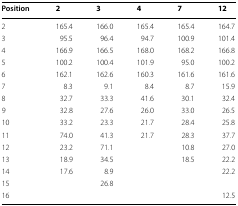
| Position | 2 | 3 | 4 | 7 | 12 |
 | --- | --- | --- | --- | --- | --- |
 | 2 | 165.4 | 166.0 | 165.4 | 165.4 | 164.7 |
 | 3 | 95.5 | 96.4 | 94.7 | 100.9 | 101.4 |
 | 4 | 166.9 | 166.5 | 168.0 | 168.2 | 166.8 |
 | 5 | 100.2 | 100.4 | 101.9 | 95.0 | 100.2 |
 | 6 | 162.1 | 162.6 | 160.3 | 161.6 | 161.6 |
 | 7 | 8.3 | 9.1 | 8.4 | 8.7 | 15.9 |
 | 8 | 32.7 | 33.3 | 41.6 | 30.1 | 32.4 |
 | 9 | 32.8 | 27.6 | 26.0 | 33.0 | 26.5 |
 | 10 | 33.2 | 23.3 | 21.7 | 28.4 | 25.8 |
 | 11 | 74.0 | 41.3 | 21.7 | 28.3 | 37.7 |
 | 12 | 23.2 | 71.1 |  | 10.8 | 27.0 |
 | 13 | 18.9 | 34.5 |  | 18.5 | 22.2 |
 | 14 | 17.6 | 8.9 |  |  | 22.2 |
 | 15 |  | 26.8 |  |  |  |
 | 16 |  |  |  |  | 12.5 |